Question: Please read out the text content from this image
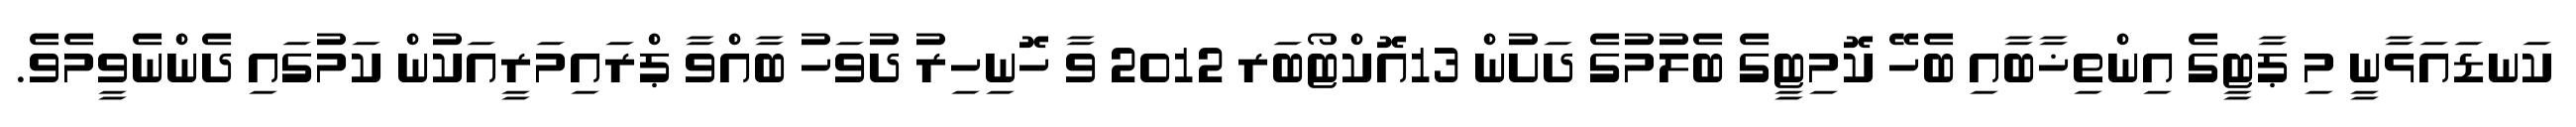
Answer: ކަނޑައަޅާނީ މި ޕާޓީގެ އިންތިޚާބާއި ބެހޭ ކޮމިޓީގެ ބެލުމުގެ ދަށުން 13އޮކްޓޯބަރ 2012 ވާ ހޮނިހިރު ދުވަހު ބާއްވާ ޕްރައިމަރީއަކުން ކަމުގައި ދެންނެވީމެވެ.